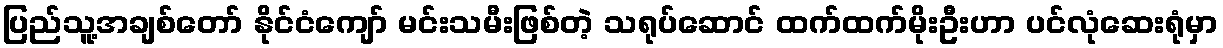
ပြည်သူ့အချစ်တော် နိုင်ငံကျော် မင်းသမီးဖြစ်တဲ့ သရုပ်ဆောင် ထက်ထက်မိုးဦးဟာ ပင်လုံဆေးရုံမှာ